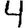
Digit: 4